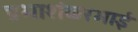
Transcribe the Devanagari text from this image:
प्रभाशंकरभाई